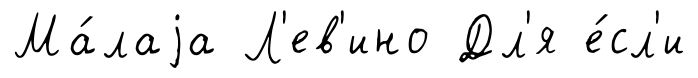
Ма́лаjа Л'ев'ино Дл'я е́сл'и